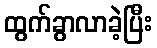
ထွက်ခွာလာခဲ့ပြီး